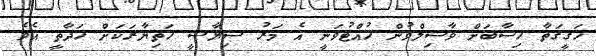
ހަގީގަތާ ހިސާބަށް ވާސިލްވުން ހުއްޓުވަނީ އެ މަރު ސިޔާސީ ހަތިޔާރަކަށް ހަދާތީ އެވެ.